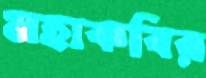
মহাকবির